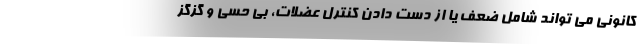
کانونی می تواند شامل ضعف یا از دست دادن کنترل عضلات، بی حسی و گزگز